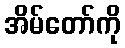
အိမ်တော်ကို